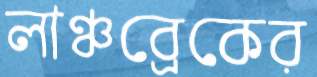
লাঞ্চব্রেকের